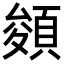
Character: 𩓀